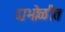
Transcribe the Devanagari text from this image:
दाभोळीत